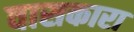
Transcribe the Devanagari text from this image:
वासकारा